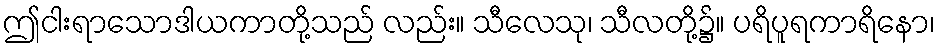
ဤငါးရာသောဒါယကာတို့သည် လည်း။ သီလေသု၊ သီလတို့၌။ ပရိပူရကာရိနော၊